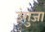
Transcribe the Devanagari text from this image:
उंगुजा